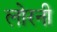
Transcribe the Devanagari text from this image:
लोरनी